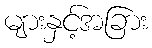
များနှင့်အခြား